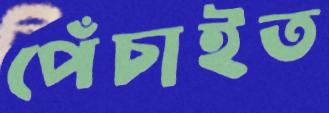
পেঁচাইত